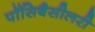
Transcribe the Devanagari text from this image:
पॉसिबैसीलरी